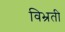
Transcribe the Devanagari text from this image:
विभ्रती